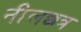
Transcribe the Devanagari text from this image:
नीलछत्र